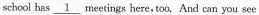
schcol has \underline{1} Meetings here,too. And can you see